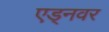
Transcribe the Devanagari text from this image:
एड्नवर